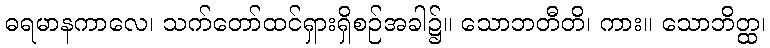
ဓရမာနကာလေ၊ သက်တော်ထင်ရှားရှိစဉ်အခါ၌။ သောဘတီတိ၊ ကား။ သောဘိတ္ထ၊